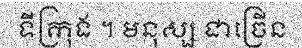
ទីក្រុង ។ មនុស្ស ជាច្រើន